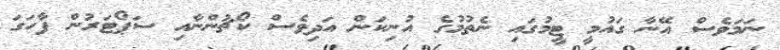
ނަމަވެސް އޭނާ ގައުމީ ޓީމުގައި ނެތުމުގެ އުނިކަން އަދިވެސް ކޯޗުންނާއި ސަޕޯޓަރުން ފާހަގަ